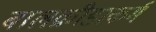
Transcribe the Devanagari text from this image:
बालक्रीडाकर्म